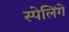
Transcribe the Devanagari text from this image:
स्पेलिंगे